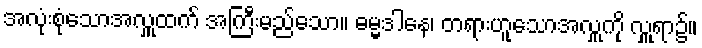
အလုံးစုံသောအလှူထက် အကြီးမည်သော။ ဓမ္မဒါနေ၊ တရားဟူသောအလှူကို လှူရာ၌။